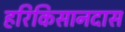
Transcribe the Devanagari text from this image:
हरिकिसानदास